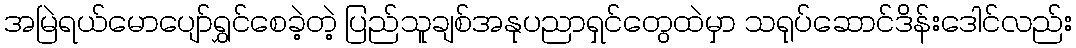
အမြဲရယ်မောပျော်ရွှင်စေခဲ့တဲ့ ပြည်သူချစ်အနုပညာရှင်တွေထဲမှာ သရုပ်ဆောင်ဒိန်းဒေါင်လည်း